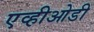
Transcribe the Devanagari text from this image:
एव्हीओडी